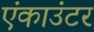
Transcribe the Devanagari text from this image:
एंकाउंटर